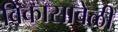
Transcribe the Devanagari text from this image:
विकासावेळी